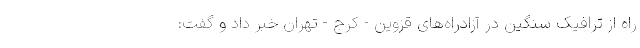
راه از ترافیک سنگین در آزادراه‌های قزوین - کرج - تهران خبر داد و گفت:‌